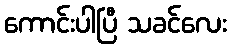
ကောင်းပါပြီ သခင်လေး